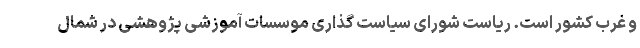
و غرب کشور است. ریاست شورای سیاست گذاری موسسات آموزشی پژوهشی در شمال